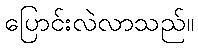
ပြောင်းလဲလာသည်။